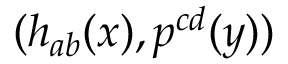
( h _ { a b } ( x ) , p ^ { c d } ( y ) )